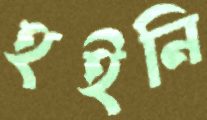
হইনি